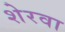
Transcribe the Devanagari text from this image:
शेरवा